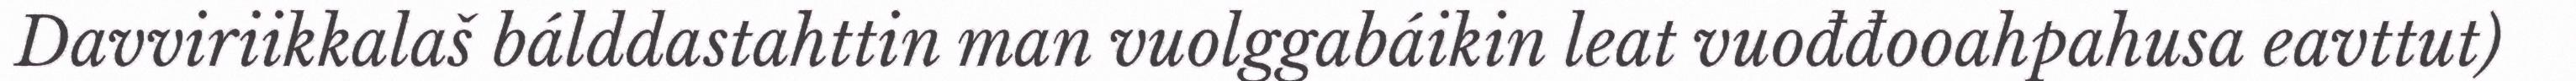
Davviriikkalaš bálddastahttin man vuolggabáikin leat vuođđooahpahusa eavttut)